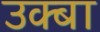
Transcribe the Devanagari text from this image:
उक्बा